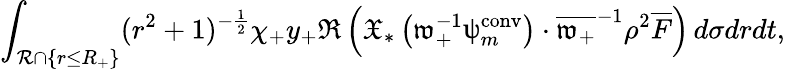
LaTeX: \int_{\mathcal{R}\cap\{ r\leq R_{+}\} }(r^{2}+1)^{-\frac{1}{2}}\chi_{+}y_{+}\Re\left({\mathfrak{X}}_{*}\left(\mathfrak{w}_{+}^{-1}\uppsi_{m}^{\mathrm{conv}}\right)\cdot\overline{{\mathfrak{w}_{+}}}^{-1}\rho^{2}\overline{{F}}\right)\, d\sigma drdt,